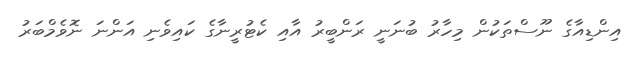
އިންޑިއާގެ ނޫސްތަކުން މިހާރު ބުނަނީ ރަންބީރު އާއި ކެޓުރީނާގެ ކައިވެނި އަންނަ ނޮވެމްބަރު